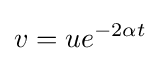
v=ue^{-2\alpha t}